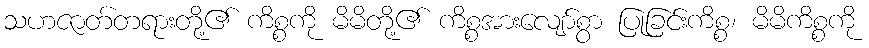
သဟဇာတ်တရားတို့၏ ကိစ္စကို မိမိတို့၏ ကိစ္စအားလျော်စွာ ပြုခြင်းကိစ္စ၊ မိမိကိစ္စကို